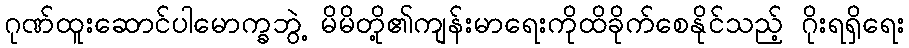
ဂုဏ်ထူးဆောင်ပါမောက္ခဘွဲ့ မိမိတို့၏ကျန်းမာရေးကိုထိခိုက်စေနိုင်သည့် ဂိုးရရှိရေး